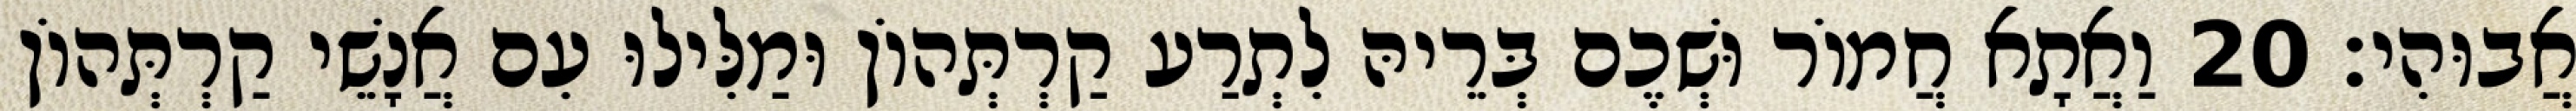
אֲבוּהִי׃ 20 וַאֲתָא חֲמוֹר וּשְׁכֶם בְּרֵיהּ לִתְרַע קַרְתְּהוֹן וּמַלִּילוּ עִם אֲנָשֵׁי קַרְתְּהוֹן